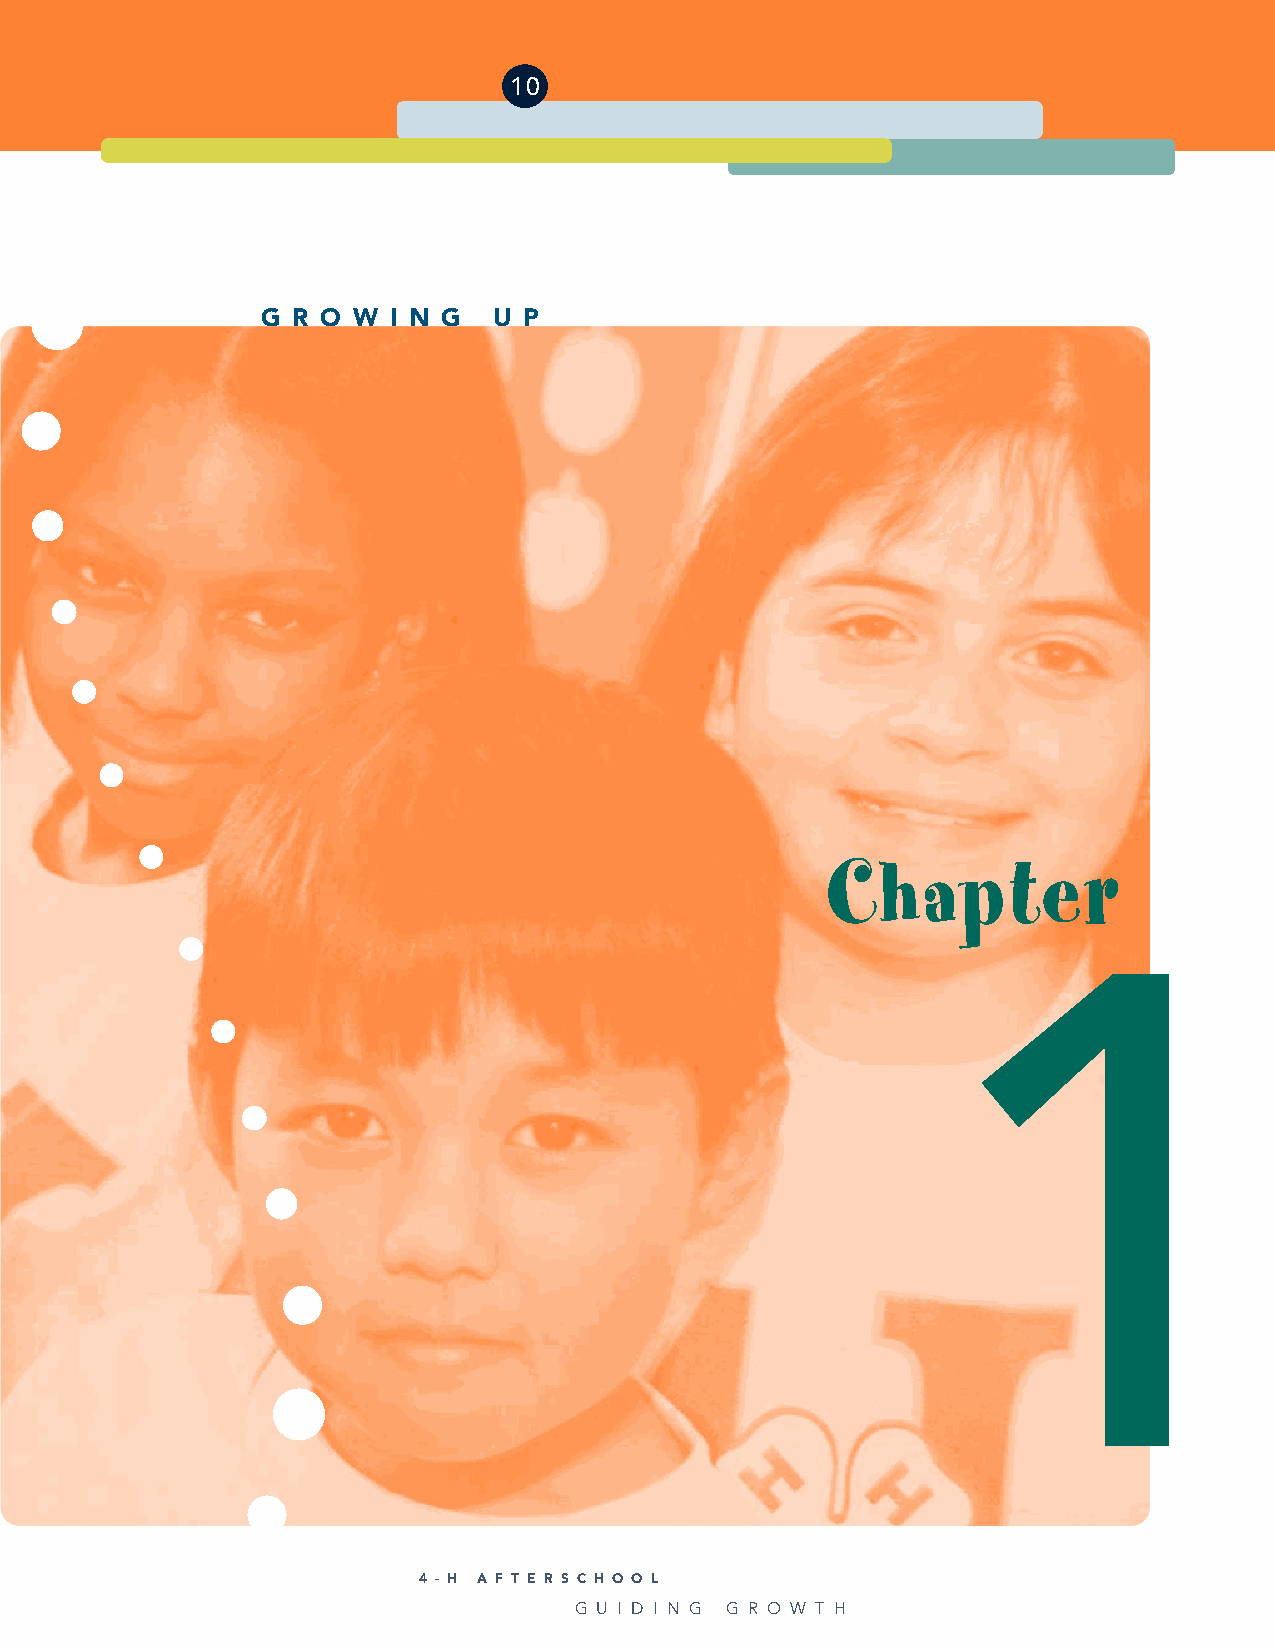
10
 G R O W  I N G  U P
 Chapter
 1
 4 - H A F T E R S C H O O L
 G U I D I N G G R O W T H